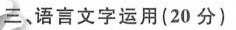
语言文字运用(20分)